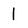
Character: 1